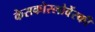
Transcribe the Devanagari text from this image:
केसकोस्लोवेंस्की